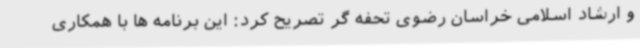
و ارشاد اسلامی خراسان رضوی تحفه گر تصریح کرد: این برنامه ها با همکاری